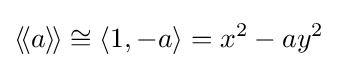
\langle \!\langle a\rangle \!\rangle \cong \langle 1,-a\rangle =x^{2}-ay^{2}